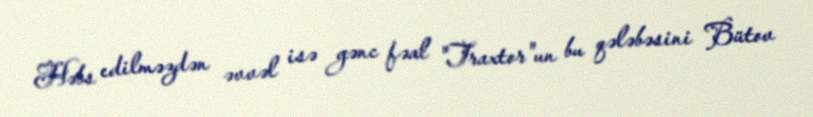
Həbs edilməzdən əvvəl isə gənc fəal "Traxtor"un bu qələbəsini Bütov